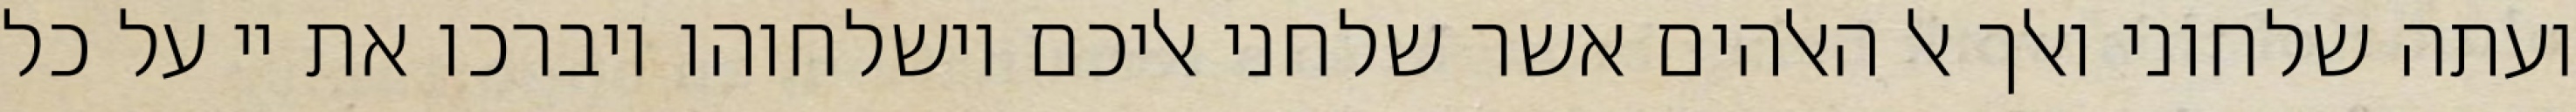
ועתה שלחוני ואלך אל האלהים אשר שלחני אליכם וישלחוהו ויברכו את יי על כל